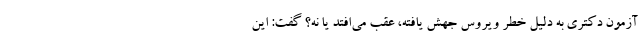
آزمون دکتری به دلیل خطر ویروس جهش یافته، عقب می‌افتد یا نه؟ گفت: این